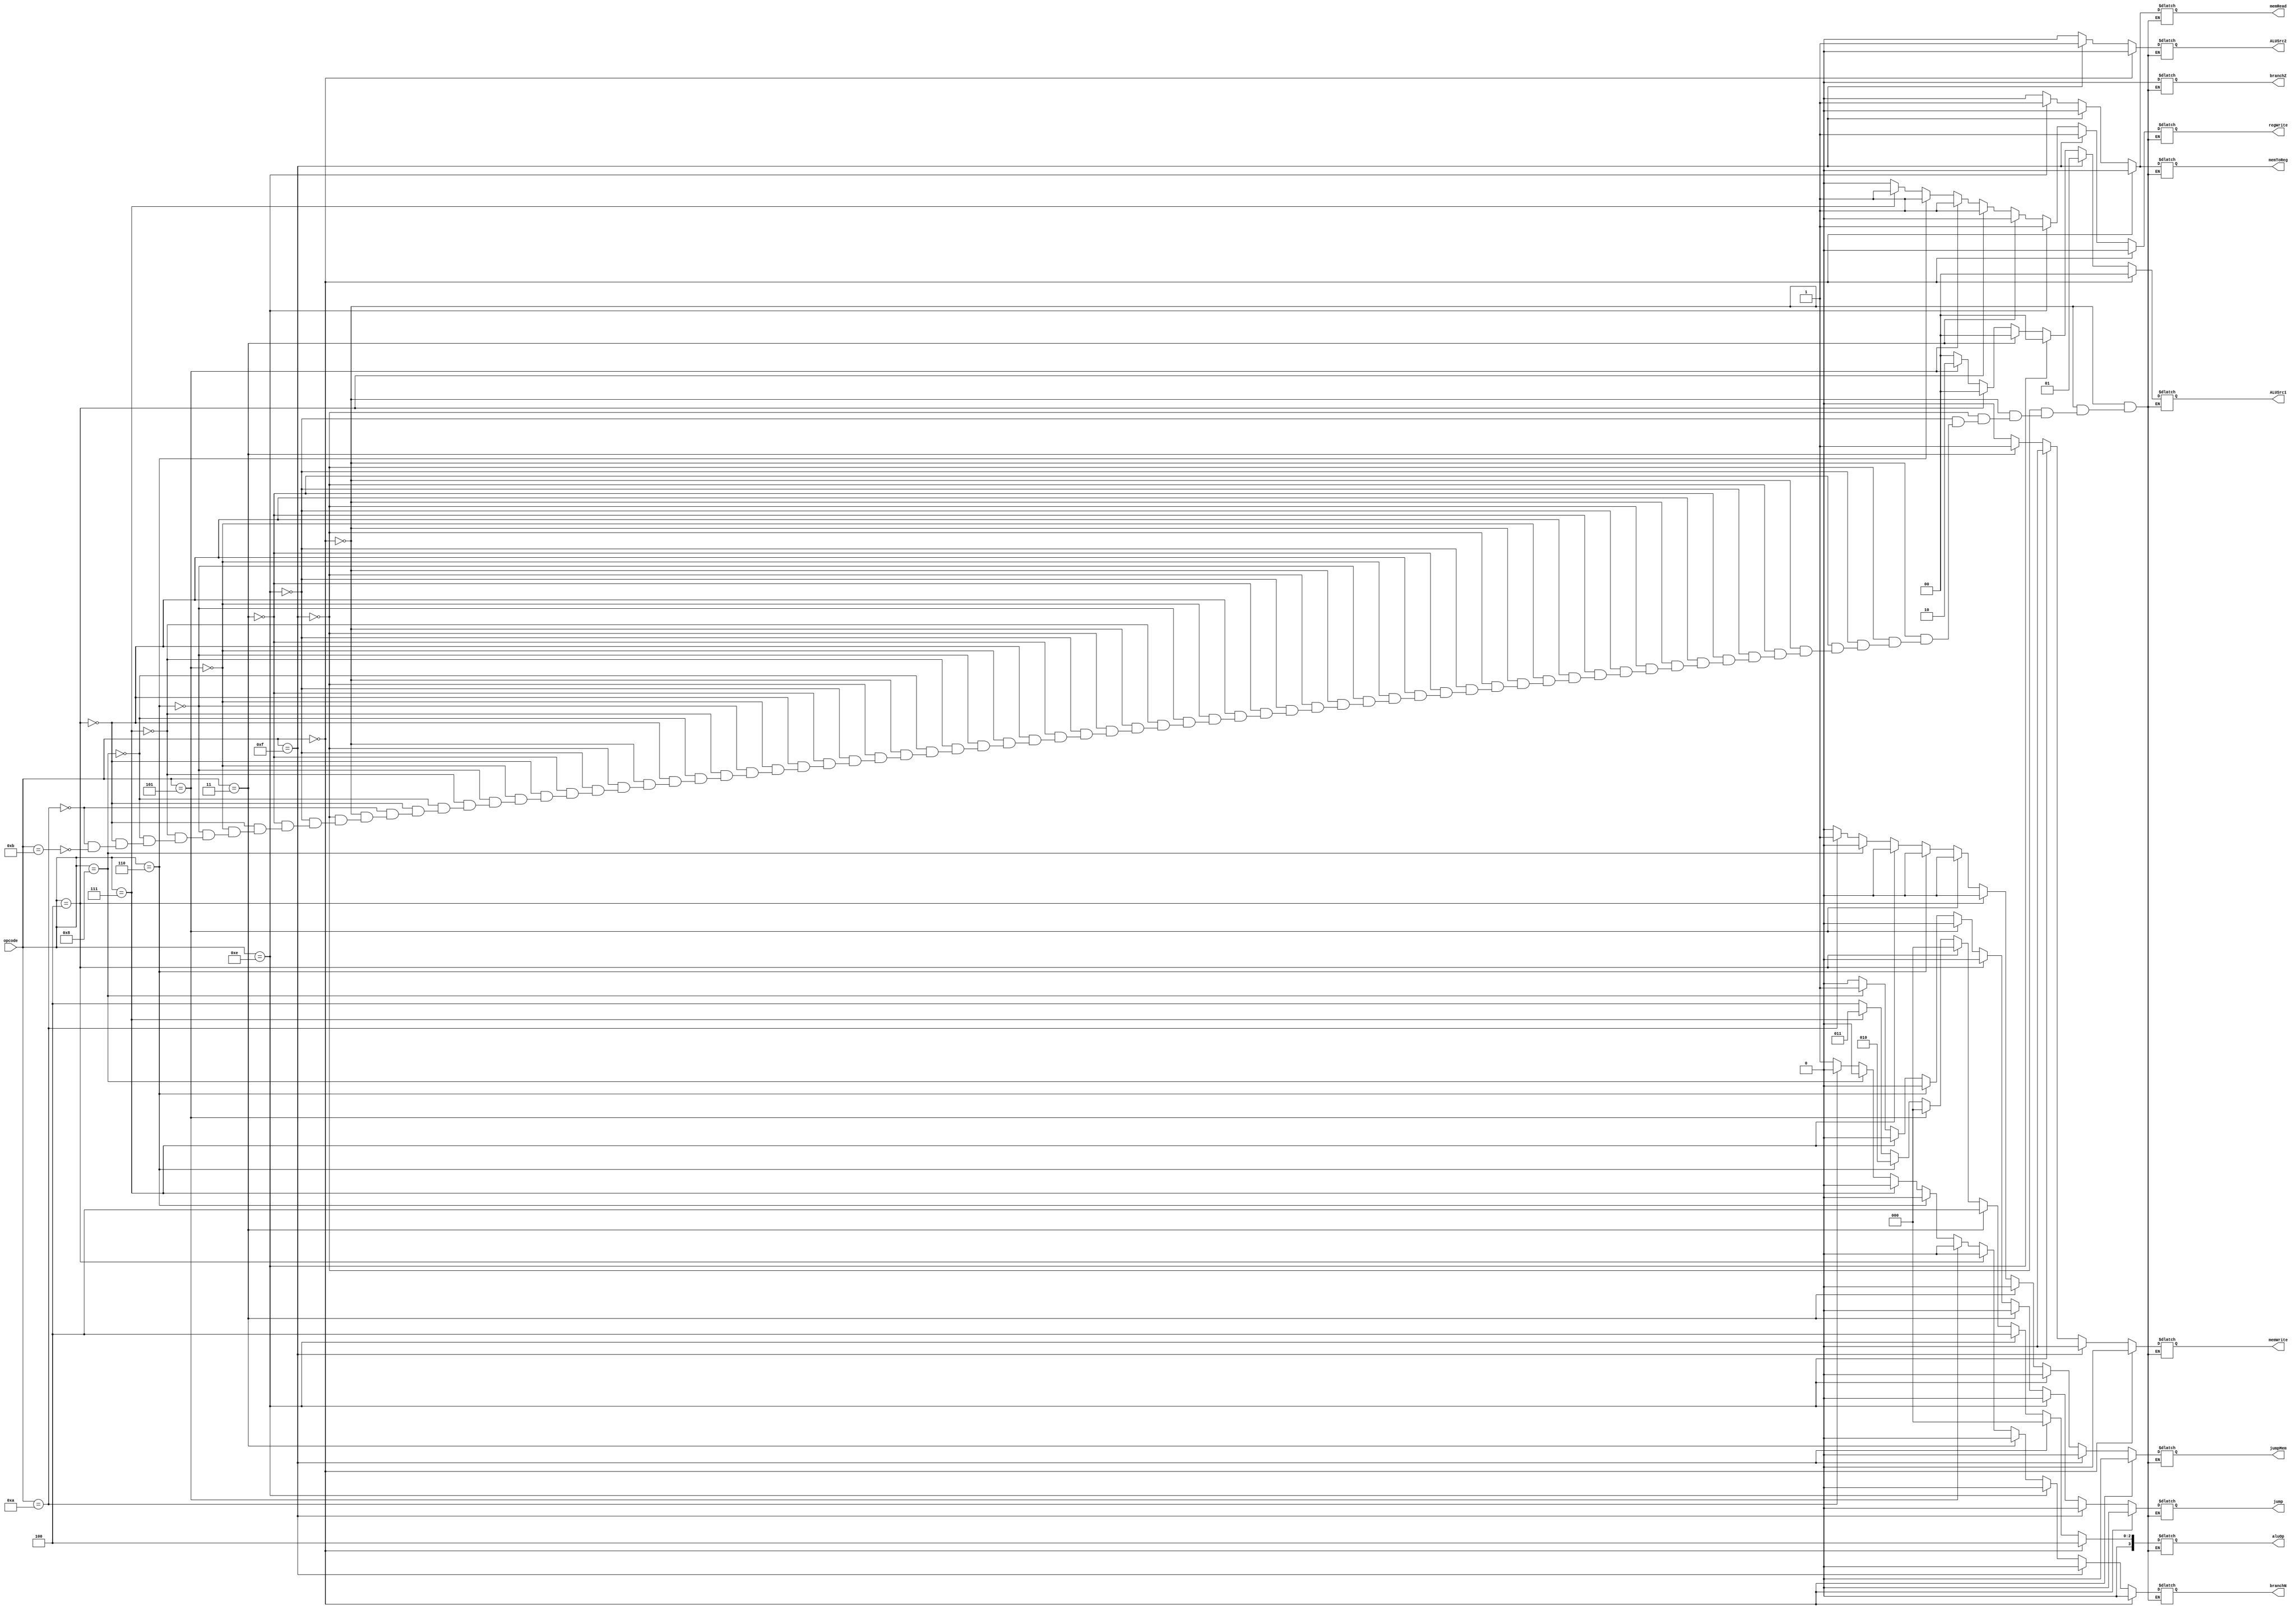
`timescale 1ns / 1ps
//////////////////////////////////////////////////////////////////////////////////
// Company: 
// Engineer: 
// 
// Design Name: 
// Module Name: controlUnit
// Project Name: 
// Target Devices: 
// Tool Versions: 
// Description: 
// 
// Dependencies: 
// 
// Revision:
// Revision 0.01 - File Created
// Additional Comments:
// 
//////////////////////////////////////////////////////////////////////////////////


module controlUnit(opcode, regWrite, memToReg, ALUSrc1, ALUSrc2, branchN, branchZ, jump, jumpMem, memRead, memWrite, aluOp);

input [3:0] opcode;
output reg regWrite, memToReg, ALUSrc2, branchN, branchZ, jump, jumpMem, memRead, memWrite;
output reg [1:0] ALUSrc1;
output reg [3:0] aluOp;

always@(opcode)
	begin
	   // No Operation
        if (opcode == 4'b0000)
        begin
            regWrite = 0;
            memToReg = 0;
            ALUSrc1 = 00;
            ALUSrc2 = 0;
            branchN = 0;
            branchZ = 0;
            jump = 0;
            jumpMem = 0;
            memRead = 0;
            memWrite = 0;
            aluOp = 4'b0100;
        end
        // Save PC
        else if (opcode == 4'b1111)
        begin
            regWrite = 1;
            memToReg = 0;
            ALUSrc1 = 01;
            ALUSrc2 = 1;
            branchN = 0;
            branchZ = 0;
            jump = 0;
            jumpMem = 0;
            memRead = 0;
            memWrite = 0;
            aluOp = 4'b0000;
        end
        // Load
        else if (opcode == 4'b1110)
        begin
            regWrite = 1;
            memToReg = 1;
            ALUSrc1 = 00;
            ALUSrc2 = 0;
            branchN = 0;
            branchZ = 0;
            jump = 0;
            jumpMem = 0;
            memRead = 1;
            memWrite = 0;
            aluOp = 4'b0100;
        end
        // Store
        else if (opcode == 4'b0011)
        begin
            regWrite = 0;
            memToReg = 0;
            ALUSrc1 = 00;
            ALUSrc2 = 0;
            branchN = 0;
            branchZ = 0;
            jump = 0;
            jumpMem = 0;
            memRead = 0;
            memWrite = 1;
            aluOp = 4'b0100;
        end
        // Add
        else if (opcode == 4'b0100)
        begin
            regWrite = 1;
            memToReg = 0;
            ALUSrc1 = 00;
            ALUSrc2 = 0;
            branchN = 0;
            branchZ = 0;
            jump = 0;
            jumpMem = 0;
            memRead = 0;
            memWrite = 0;
            aluOp = 4'b0000;
        end
        // Increment
        else if (opcode == 4'b0101)
        begin
            regWrite = 1;
            memToReg = 0;
            ALUSrc1 = 10;
            ALUSrc2 = 0;
            branchN = 0;
            branchZ = 0;
            jump = 0;
            jumpMem = 0;
            memRead = 0;
            memWrite = 0;
            aluOp = 4'b0000;
        end
        // Negate
        else if (opcode == 4'b0110)
        begin
            regWrite = 1;
            memToReg = 0;
            ALUSrc1 = 00;
            ALUSrc2 = 0;
            branchN = 0;
            branchZ = 0;
            jump = 0;
            jumpMem = 0;
            memRead = 0;
            memWrite = 0;
            aluOp = 4'b0010;
        end
        // Subtract
        else if (opcode == 4'b0111)
        begin
            regWrite = 1;
            memToReg = 0;
            ALUSrc1 = 00;
            ALUSrc2 = 0;
            branchN = 0;
            branchZ = 0;
            jump = 0;
            jumpMem = 0;
            memRead = 0;
            memWrite = 0;
            aluOp = 4'b0011;
        end
        // Jump
        else if (opcode == 4'b1000)
        begin
            regWrite = 0;
            memToReg = 0;
            ALUSrc1 = 00;
            ALUSrc2 = 0;
            branchN = 0;
            branchZ = 0;
            jump = 1;
            jumpMem = 0;
            memRead = 0;
            memWrite = 0;
            aluOp = 4'b0100;
        end
        //Branch if Zero
        else if (opcode == 4'b0100)
        begin
            regWrite = 0;
            memToReg = 0;
            ALUSrc1 = 00;
            ALUSrc2 = 0;
            branchN = 0;
            branchZ = 1;
            jump = 0;
            jumpMem = 0;
            memRead = 0;
            memWrite = 0;
            aluOp = 4'b0100;
        end
        // Jump Memory
        else if (opcode == 4'b1010)
        begin
            regWrite = 0;
            memToReg = 0;
            ALUSrc1 = 00;
            ALUSrc2 = 0;
            branchN = 0;
            branchZ = 0;
            jump = 0;
            jumpMem = 1;
            memRead = 0;
            memWrite = 0;
            aluOp = 4'b0100;
        end
        // Branch if Negative
        else if (opcode == 4'b1011)
        begin
            regWrite = 0;
            memToReg = 0;
            ALUSrc1 = 00;
            ALUSrc2 = 0;
            branchN = 1;
            branchZ = 0;
            jump = 0;
            jumpMem = 0;
            memRead = 0;
            memWrite = 0;
            aluOp = 4'b0100;
        end
    end
endmodule